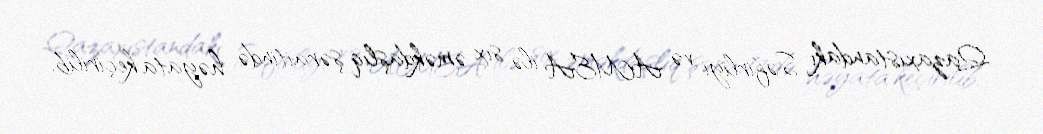
Qazaxıstandakı Səfirliyi və AMEA ilə sıx əməkdaşlıq şəraitində həyata keçirilib.